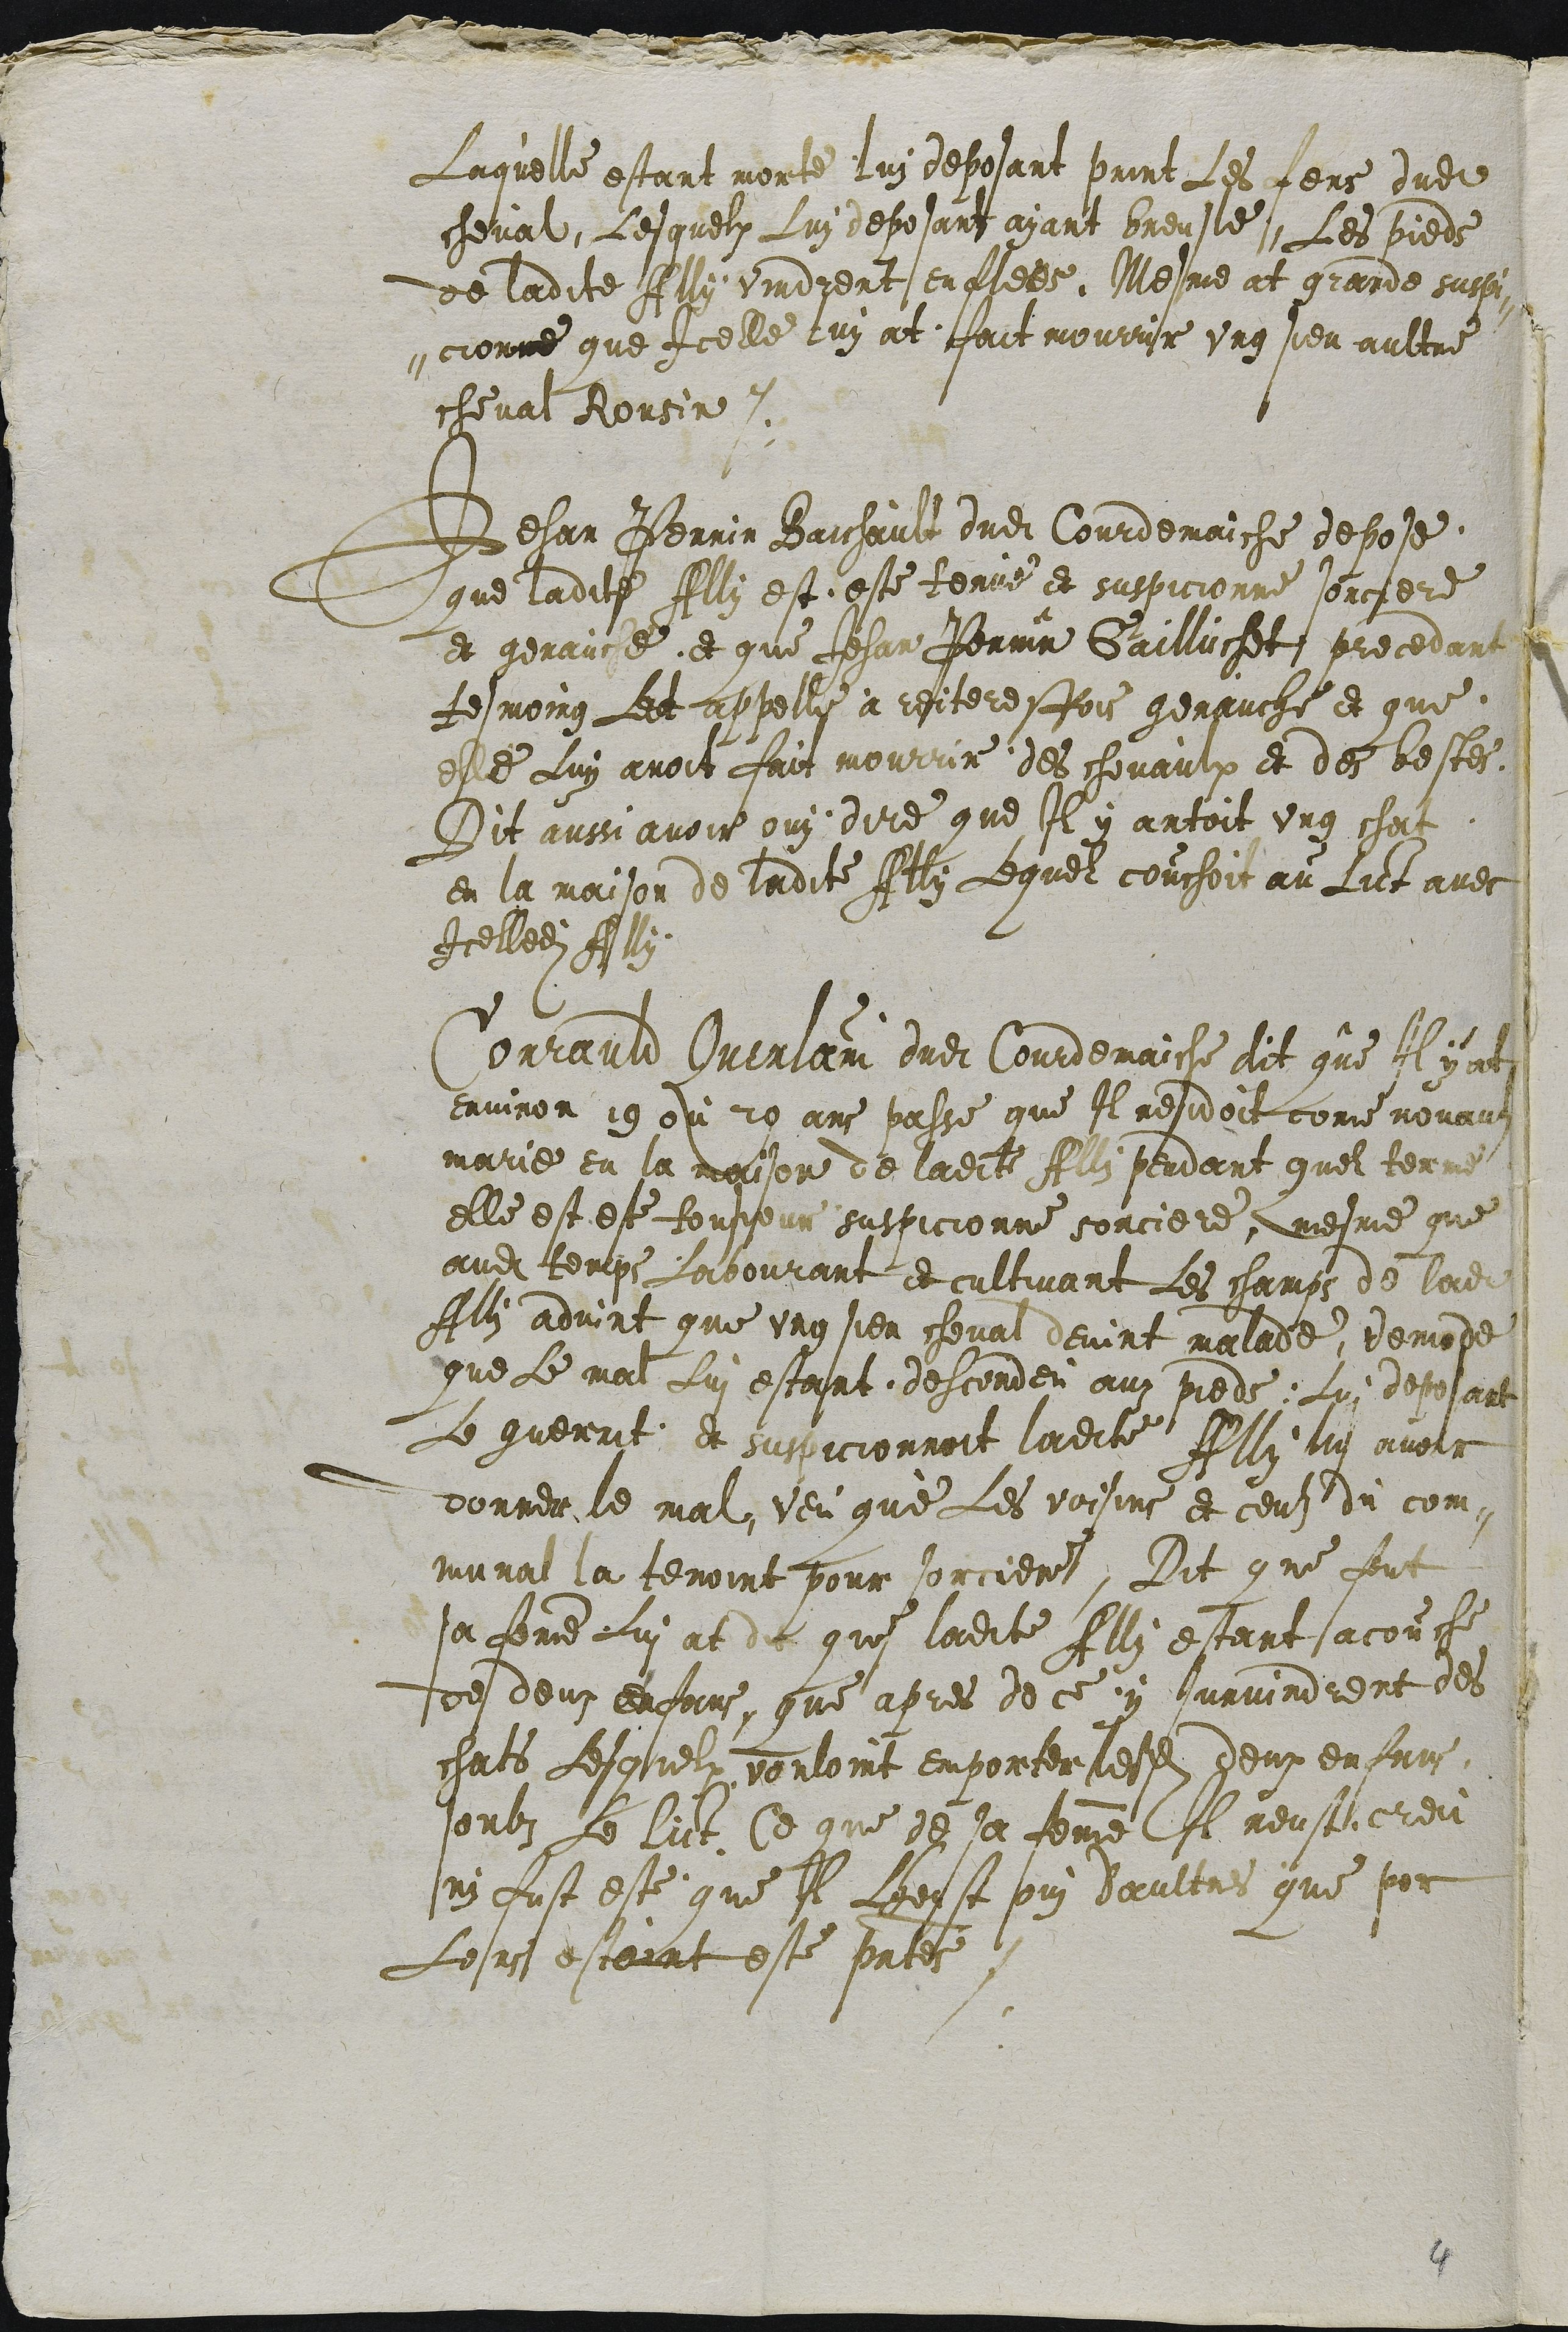
Laquelle estant morte Lui deposant print Les fers dudit
cheval, Lesquelx Luy deposant ayant breusle, Les pieds
de ladite Ally vindrent enflees. Mesme at grande suspi-
cionne que Icelle luy at fait mourrir ung sien aultre
cheval Rousin.
Jehan Perrin Baichault dudit Courdemaiche depose
que ladite Ally est este tenue et suspicionne sorciere
et genauche et que Jehan Perrin Gailluchet precedant
tesmoing Let appelle à reiteresfois genauche et que
elle Luy avoit fait mourrir des chevaulx et des bestes.
Dit aussi avoir ouy dire que Il y antoit ung chat
en la maison de ladite Ally lequel couchoit au Lict avec
Icelledite Ally
Conrauld Querlain dudit Courdemaiche dit que Il y at
environ 19 ou 20 ans passe que Il residoit come novaul
marie en la maison de ladite Ally pendant quel terme
elle est este tousjour suspicionne sorciere, mesme que
audit temps Labourant et cultivant Les champs de ladite
Ally advint que ung sien cheval devint malade, demode
que Le mal Lui estant descendeu auz pieds Lui deposant
Le guerrit et suspicionnoit ladite  Ally lui avoir
donner le mal, veu que Les voisins et ceuls du com-
munal la tenoint pour sorciere, Dit que fut
sa femme Lui at dit que ladite Ally estant acouche
de deux enfans, que apres de ce y survindrent des
chats Lesquelx vouloint emporter lesdits deux enfans
soubz Le lict. Ce que de sa femme Il neust creu
ny fust este que Il Lheust oui daultres que por
Lors estoint este presentes.

4